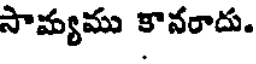
సామ్యము కానరాదు.